Indian journal of veterinary science and animal husbandry - Volumes 15-17, 1948-1951
Year: 1948
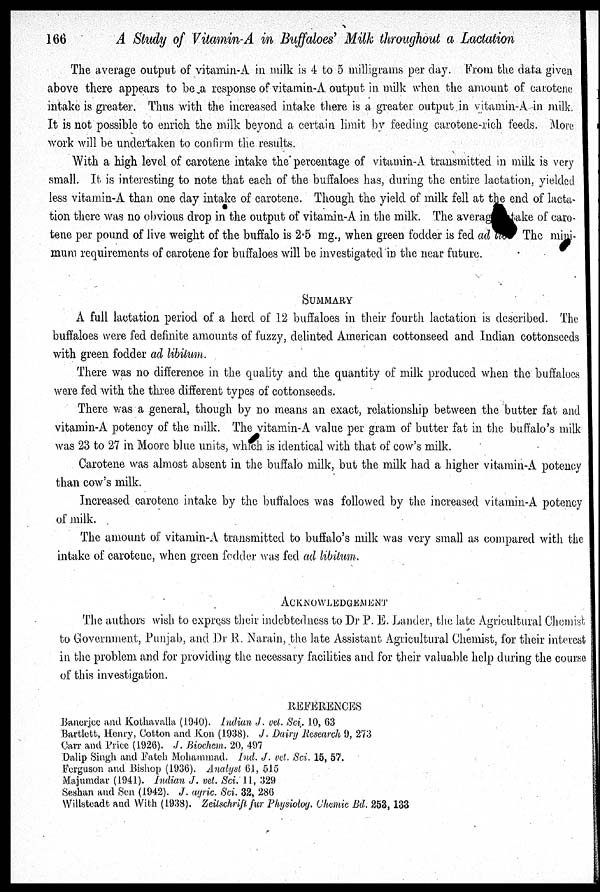
166
A Study of Vitamin-A in Buffaloes' Milk throughout a Lactation
The average output of vitamin-A in milk is 4 to 5 milligrams per day. From the data given
above there appears to be a response of vitamin-A output in milk when the amount of carotene
intake is greater. Thus with the increased intake there is a greater output in vitamin-A in milk.
It is not possible to enrich the milk beyond a certain limit by feeding carotene-rich feeds. More
work will be undertaken to confirm the results.
With a high level of carotene intake the percentage of vitamin-A transmitted in milk is very
small. It is interesting to note that each of the buffaloes has, during the entire lactation, yielded
less vitamin-A than one day intake of carotene. Though the yield of milk fell at the end of lacta-
tion there was no obvious drop in the output of vitamin-A in the milk. The average take of caro-
tene per pound of live weight of the buffalo is 2.5 mg., when green fodder is fed ad lib The mini-
mum requirements of carotene for buffaloes will be investigated in the near future.
SUMMARY
A full lactation period of a herd of 12 buffaloes in their fourth lactation is described. The
buffaloes were fed definite amounts of fuzzy, delinted American cottonseed and Indian cottonseeds
with green fodder ad libitum.
There was no difference in the quality and the quantity of milk produced when the buffaloes
were fed with the three different types of cottonseeds.
There was a general, though by no means an exact, relationship between the butter fat and
vitamin-A potency of the milk. The vitamin-A value per gram of butter fat in the buffalo's milk
was 23 to 27 in Moore blue units, which is identical with that of cow's milk.
Carotene was almost absent in the buffalo milk, but the milk had a higher vitamin-A potency
than cow's milk.
Increased carotene intake by the buffaloes was followed by the increased vitamin-A potency
of milk.
The amount of vitamin-A transmitted to buffalo's milk was very small as compared with the
intake of carotene, when green fodder was fed ad libitum.
ACKNOWLEDGEMENT
The authors wish to express their indebtedness to Dr P. E. Lander, the late Agricultural Chemist
to Government, Punjab, and Dr R. Narain, the late Assistant Agricultural Chemist, for their interest
in the problem and for providing the necessary facilities and for their valuable help during the course
of this investigation.
REFERENCES
Banerjee and Kothavalla (1940). Indian J. vet. Sci. 10, 63
Bartlett, Henry, Cotton and Kon (1938). J. Dairy Research 9, 273
Carr and Price (1926). J. Biochem. 20, 497
Dalip Singh and Fateh Mohammad. Ind. J. vet. Sci. 15, 57.
Ferguson and Bishop (1936). Analyst 61, 515
Majumdar (1941). Indian J. vet. Sci. 11, 329
Seshan and Sen (1942). J. agric. Sci. 32, 286
Willsteadt and With (1938). Zeitschrift fur Physiolog. Chemic Bd. 253, 133